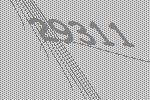
29311